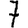
Digit: 7